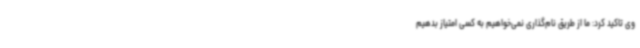
وی تاکید کرد: ما از طریق نام‌گذاری نمی‌خواهیم به کسی امتیاز بدهیم